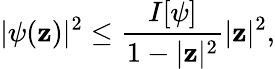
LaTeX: |\psi(\mathbf{z})|^{2}\leq{\frac{{I[\psi]}}{{1-|\mathbf{z}|^{2}}}}|\mathbf{z}|^{2},